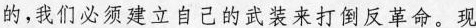
的，我们必须建立自己的武装来打倒反革命。现